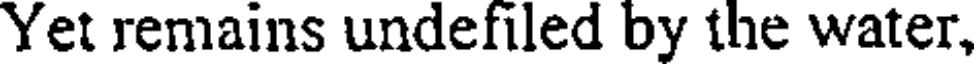
Yet remains undefiled by the water,